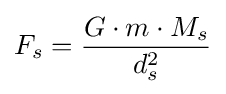
F_{s}={\frac {G\cdot m\cdot M_{s}}{d_{s}^{2}}}